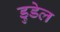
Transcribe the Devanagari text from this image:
डुडेल